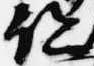
跡